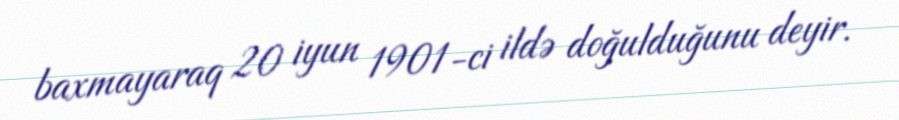
baxmayaraq 20 iyun 1901-ci ildə doğulduğunu deyir.